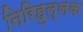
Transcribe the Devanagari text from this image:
निरिहुल्लक